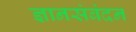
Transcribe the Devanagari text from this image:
ज्ञानसंबंदन